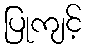
ပြုကျင့်